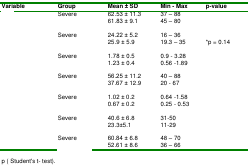
<table><thead><tr><td><b>Variable</b></td><td><b>Group</b></td><td><b>Mean ± SD</b></td><td><b>Min - Max</b></td><td><b>p-value</b></td></tr></thead><tbody><tr><td rowspan="2">[EMPTY_CELL]</td><td>Severe</td><td>62.53 ± 11.3</td><td>37 – 88</td><td>[EMPTY_CELL]</td></tr><tr><td>[EMPTY_CELL]</td><td>61.83 ± 9.1</td><td>45 – 80</td><td>[EMPTY_CELL]</td></tr><tr><td rowspan="2">[EMPTY_CELL]</td><td>Severe</td><td>24.22 ± 5.2</td><td>16 – 36</td><td>[EMPTY_CELL]</td></tr><tr><td>[EMPTY_CELL]</td><td>25.9 ± 5.9</td><td>19.3 – 35</td><td>*p = 0.14</td></tr><tr><td rowspan="2">[EMPTY_CELL]</td><td>Severe</td><td>1.78 ± 0.5</td><td>0.9 - 3.28</td><td>[EMPTY_CELL]</td></tr><tr><td>[EMPTY_CELL]</td><td>1.23 ± 0.4</td><td>0.56 -1.89</td><td>[EMPTY_CELL]</td></tr><tr><td rowspan="2">[EMPTY_CELL]</td><td>Severe</td><td>56.25 ± 11.2</td><td>40 – 88</td><td>[EMPTY_CELL]</td></tr><tr><td>[EMPTY_CELL]</td><td>37.67 ± 12.9</td><td>20 - 67</td><td>[EMPTY_CELL]</td></tr><tr><td rowspan="2">[EMPTY_CELL]</td><td>Severe</td><td>1.02 ± 0.2</td><td>0.64 -1.58</td><td>[EMPTY_CELL]</td></tr><tr><td>[EMPTY_CELL]</td><td>0.67 ± 0.2</td><td>0.25 - 0.53</td><td>[EMPTY_CELL]</td></tr><tr><td rowspan="2">[EMPTY_CELL]</td><td>Severe</td><td>40.6 ± 6.8</td><td>31-50</td><td>[EMPTY_CELL]</td></tr><tr><td>[EMPTY_CELL]</td><td>23.3±5.1</td><td>11-29</td><td>[EMPTY_CELL]</td></tr><tr><td rowspan="2">[EMPTY_CELL]</td><td>Severe</td><td>60.84 ± 6.8</td><td>48 – 70</td><td>[EMPTY_CELL]</td></tr><tr><td>[EMPTY_CELL]</td><td>52.61 ± 8.6</td><td>36 – 66</td><td>[EMPTY_CELL]</td></tr></tbody></table>